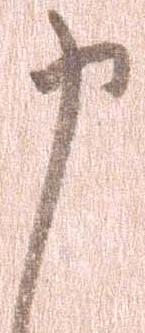
申